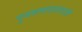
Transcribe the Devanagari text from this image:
पुनरुत्पादनावरही